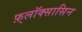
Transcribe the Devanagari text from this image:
फ़्लॉक्सासिन